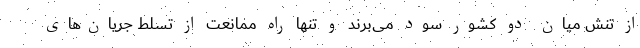
از تنش میان دو کشور سود می‌برند و تنها راه ممانعت از تسلط جریان‌های